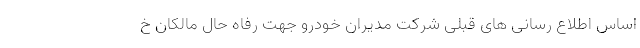
اساس اطلاع رسانی های قبلی شرکت مدیران خودرو جهت رفاه حال مالکان خ